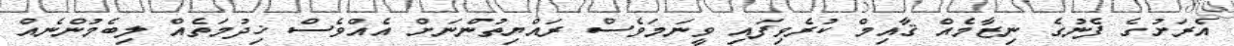
އެރަށުގެ ފެނުގެ ނިޒާމެއް ޤާއިމް ކުރެވިފައި ވީނަމަވެސް ރައްޔިތުންނަށް އެއްވެސް ޚިދުމަތެއް ލިބެމުންނެއް